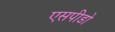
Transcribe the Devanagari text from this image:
एसपीडो